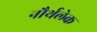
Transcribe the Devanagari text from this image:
नौर्थलेक